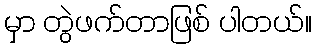
မှာ တွဲဖက်တာဖြစ် ပါတယ်။